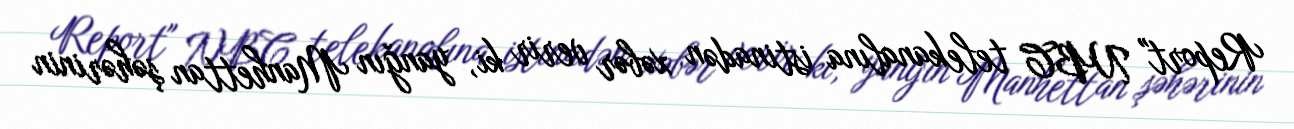
Report" NBC telekanalına istinadən xəbər verir ki, yanğın Manhettan şəhərinin